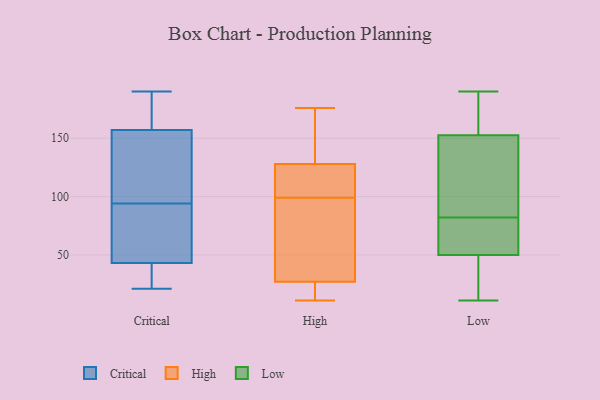
{"axis": {"x": "Satisfaction Score", "y": "Value"}, "legend": ["Critical", "High", "Low"], "data": [{"x": "", "y": 24, "type": "Critical"}, {"x": "", "y": 104, "type": "Critical"}, {"x": "", "y": 190, "type": "Critical"}, {"x": "", "y": 93, "type": "Critical"}, {"x": "", "y": 157, "type": "Critical"}, {"x": "", "y": 95, "type": "Critical"}, {"x": "", "y": 43, "type": "Critical"}, {"x": "", "y": 176, "type": "Critical"}, {"x": "", "y": 21, "type": "Critical"}, {"x": "", "y": 66, "type": "Critical"}, {"x": "", "y": 66, "type": "High"}, {"x": "", "y": 76, "type": "High"}, {"x": "", "y": 114, "type": "High"}, {"x": "", "y": 27, "type": "High"}, {"x": "", "y": 142, "type": "High"}, {"x": "", "y": 164, "type": "High"}, {"x": "", "y": 19, "type": "High"}, {"x": "", "y": 23, "type": "High"}, {"x": "", "y": 81, "type": "High"}, {"x": "", "y": 18, "type": "High"}, {"x": "", "y": 106, "type": "High"}, {"x": "", "y": 176, "type": "High"}, {"x": "", "y": 128, "type": "High"}, {"x": "", "y": 11, "type": "High"}, {"x": "", "y": 114, "type": "High"}, {"x": "", "y": 153, "type": "High"}, {"x": "", "y": 107, "type": "High"}, {"x": "", "y": 92, "type": "High"}, {"x": "", "y": 145, "type": "Low"}, {"x": "", "y": 106, "type": "Low"}, {"x": "", "y": 64, "type": "Low"}, {"x": "", "y": 56, "type": "Low"}, {"x": "", "y": 44, "type": "Low"}, {"x": "", "y": 16, "type": "Low"}, {"x": "", "y": 147, "type": "Low"}, {"x": "", "y": 168, "type": "Low"}, {"x": "", "y": 11, "type": "Low"}, {"x": "", "y": 62, "type": "Low"}, {"x": "", "y": 190, "type": "Low"}, {"x": "", "y": 161, "type": "Low"}, {"x": "", "y": 87, "type": "Low"}, {"x": "", "y": 77, "type": "Low"}, {"x": "", "y": 21, "type": "Low"}, {"x": "", "y": 158, "type": "Low"}]}